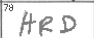
Transcription: HRD